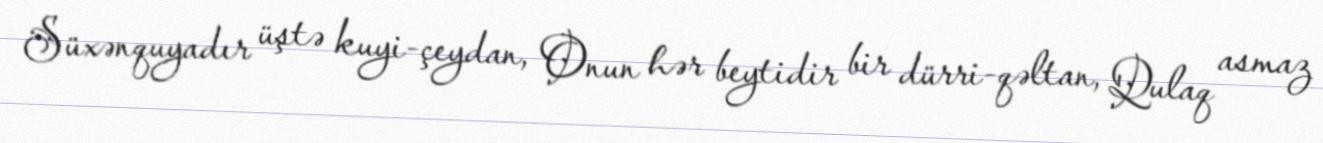
Süxənquyadır üştə kuyi-çeydan, Onun hər beytidir bir dürri-qəltan, Qulaq asmaz